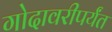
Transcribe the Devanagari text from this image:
गोदावरीपर्यंत